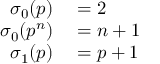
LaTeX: \begin{array} { r l } { \sigma _ { 0 } ( p ) } & { { } = 2 } \\ { \sigma _ { 0 } ( p ^ { n } ) } & { { } = n + 1 } \\ { \sigma _ { 1 } ( p ) } & { { } = p + 1 } \end{array}